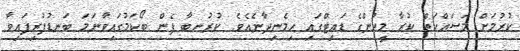
ކުރުމަށް މަސައްކަތް ކުރާ މީހުންގެ ޑައިޓްގައި ހިމެނިދާނެއެވެ. ކުރުނބާ ފެން ބޯކަމުގައިވާނަމަ ބަނޑުފުރިފައިވާ